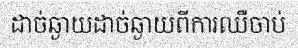
ដាច់ឆ្ងាយដាច់ឆ្ងាយពីការឈឺចាប់